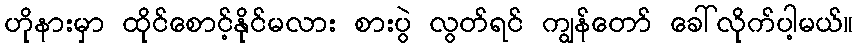
ဟိုနားမှာ ထိုင်စောင့်နိုင်မလား စားပွဲ လွတ်ရင် ကျွန်တော် ခေါ်လိုက်ပါ့မယ်။